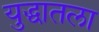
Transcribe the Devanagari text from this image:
युद्धातला